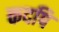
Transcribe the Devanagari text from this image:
कदपि